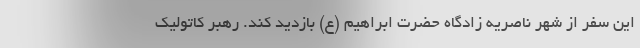
این سفر از شهر ناصریه زادگاه حضرت ابراهیم (ع) بازدید کند. رهبر کاتولیک